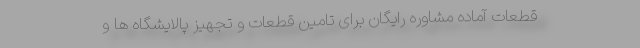
قطعات آماده مشاوره رایگان برای تامین قطعات و تجهیز پالایشگاه ها و